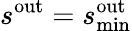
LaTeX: s^{\mathrm{out}}=s_{\mathrm{min}}^{\mathrm{out}}